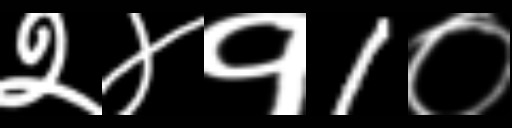
Text: २४१1०